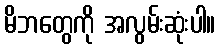
မိဘတွေကို အလွမ်းဆုံးပါ။